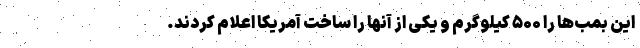
این بمب‌ها را ۵۰۰ کیلوگرم و یکی از آنها را ساخت آمریکا اعلام کردند.